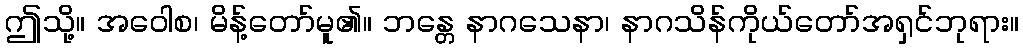
ဤသို့။ အဝေါစ၊ မိန့်တော်မူ၏။ ဘန္တေ နာဂသေနာ၊ နာဂသိန်ကိုယ်တော်အရှင်ဘုရား။